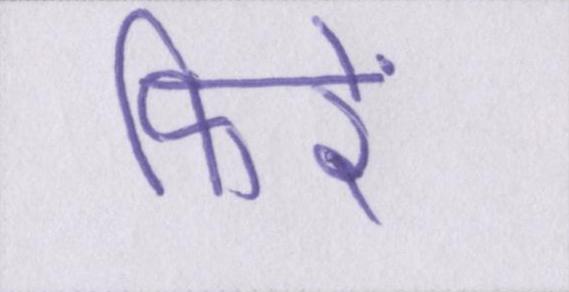
फिरें